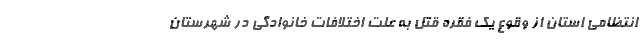
انتظامی استان از وقوع یک فقره قتل به علت اختلافات خانوادگی در شهرستان